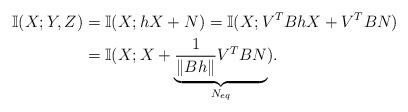
LaTeX: \begin{align*}\mathbb{I}(X;Y,Z)&=\mathbb{I}(X;h X+N)=\mathbb{I}(X;V^T B h X+V^T B N) \\&=\mathbb{I}(X; X+ \underbrace{\frac{1}{ \lVert B h \rVert} V^T B N}_{N_{eq}}). \end{align*}